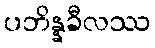
ပဘိန္နခီလဿ